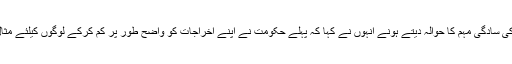
حکومت کی سادگی مہم کا حوالہ دیتے ہونے انہوں نے کہا کہ پہلے حکومت نے اپنے اخراجات کو واضح طور پر کم کرکے لوگوں کیلئے مثال قائم کی۔